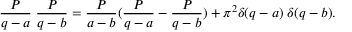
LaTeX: \frac { { \cal P } } { q - a } \; \frac { { \cal P } } { q - b } = \frac { { \cal P } } { a - b } ( \frac { { \cal P } } { q - a } - \frac { { \cal P } } { q - b } ) + \pi ^ { 2 } \delta ( q - a ) \; \delta ( q - b ) .